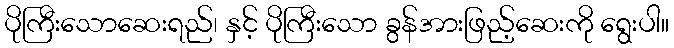
ပိုကြီးသောဆေးရည်၊ နှင့် ပိုကြီးသော ခွန်အားဖြည့်ဆေးကို ရွေးပါ။